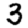
Digit: 3